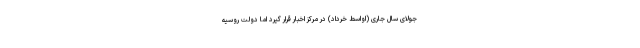
جولای سال جاری (اواسط خرداد) در مرکز اخبار قرار گیرد اما دولت روسیه